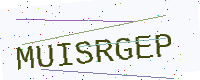
Text: MUISRGEP